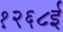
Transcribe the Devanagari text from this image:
१२६८ई